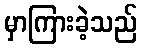
မှာကြားခဲ့သည်